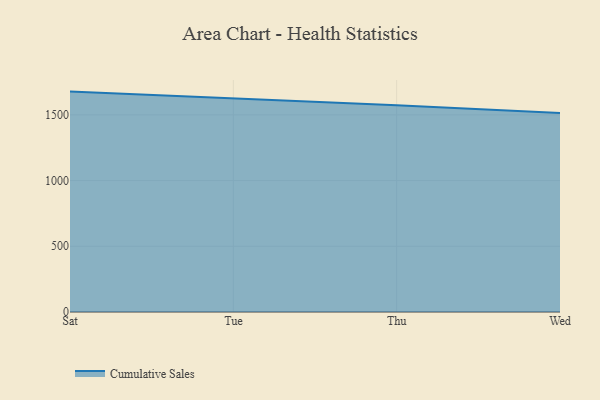
{"axis": {"x": "Day", "y": "LTV (USD)"}, "legend": ["Cumulative Sales"], "data": [{"x": "Sat", "y": 1677.0, "type": "Cumulative Sales"}, {"x": "Tue", "y": 1627.0, "type": "Cumulative Sales"}, {"x": "Thu", "y": 1572.6, "type": "Cumulative Sales"}, {"x": "Wed", "y": 1514.2, "type": "Cumulative Sales"}]}